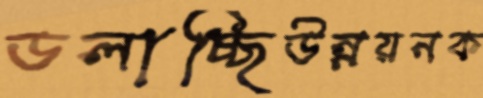
ডলাচ্ছিউন্নয়নক